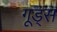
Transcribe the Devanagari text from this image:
गूड्स